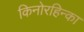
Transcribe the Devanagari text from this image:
किनोरहिन्का